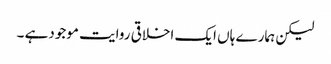
لیکن ہمارے ہاں ایک اخلاقی روایت موجودہے ۔